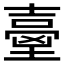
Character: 𡔼